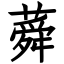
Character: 蕣